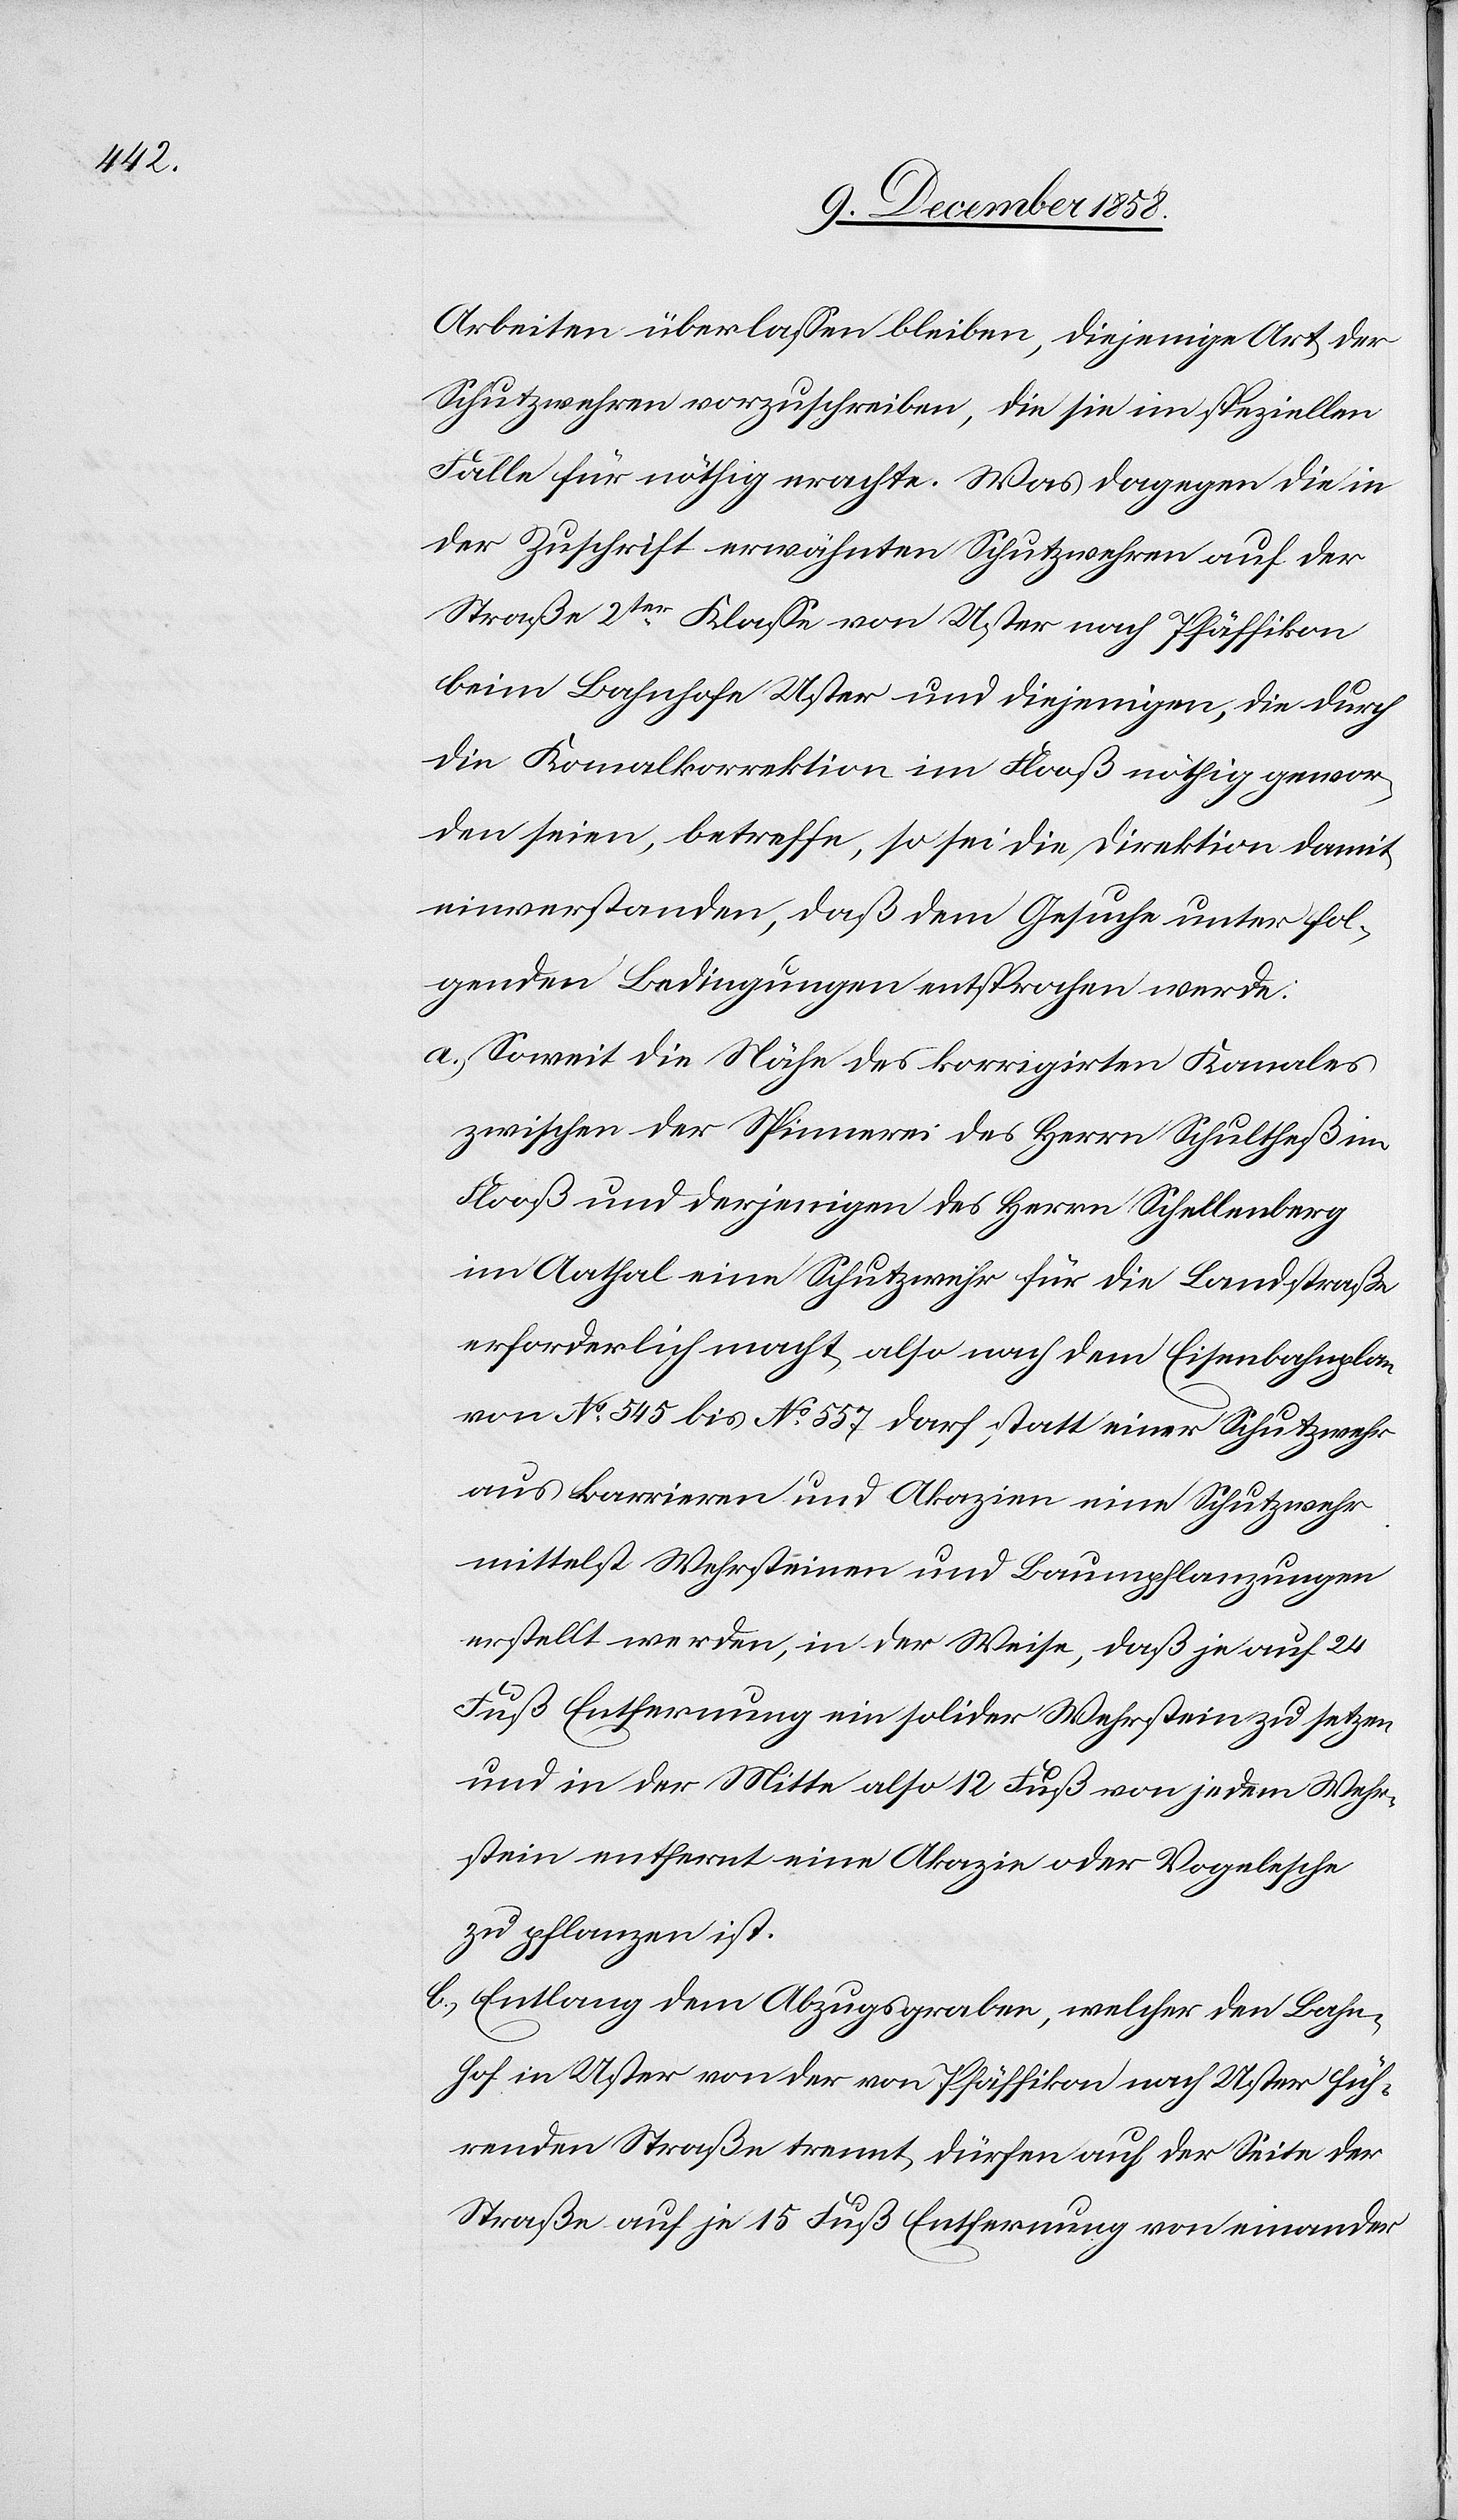
Arbeiten überlassen bleiben, diejenige Art der
Schutzwehren vorzuschreiben, die sie im speziellen
Falle für nöthig erachte. Was dagegen die in
der Zuschrift erwähnten Schutzwehren auf der
Straße 2ter Klasse von Uster nach Pfäffikon
beim Bahnhofe Uster und diejenigen, die durch
die Kanalkorrektion im Flooß nöthig gewor¬
den seien, betreffe, so sei die Direktion damit
einverstanden, daß dem Gesuche unter fol¬
genden Bedingungen entsprochen werde:
Soweit die Nähe des korrigirten Kanales
zwischen der Spinnerei des Herrn Schultheß im
Flooß und derjenigen des Herrn Schellenberg
im Aathal eine Schutzwehr für die Landstraße
erforderlich macht, also nach dem Eisenbahnplan
von No 545 bis No 557 darf statt einer Schutzwehr
aus Barrieren und Akazien eine Schutzwehr
mittelst Wehrsteinen und Baumpflanzungen
erstellt werden, in der Weise, daß je auf 24
Fuß Entfernung ein solider Wehrstein zu setzen
und in der Mitte also 12 Fuß von jedem Wehr¬
stein entfernt eine Akazie oder Vogelesche
zu pflanzen ist.
Entlang dem Abzugsgraben, welcher den Bahn¬
hof in Uster von der von Pfäffikon nach Uster füh¬
renden Straße trennt, dürfen auf der Seite der
Straße auf je 15 Fuß Entfernung von einander